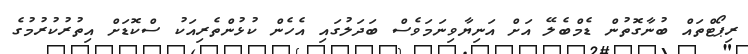
ރިޕޯޓްތައް ބުނާގޮތުން ޑެމްބެލޭ އަށް އަނިޔާވިނަމަވެސް ބަދަލުގައި އެހެން ކުޅުންތެރިއަކު ސްކޮޑަށް އިތުރުކުރުމުގެ